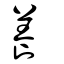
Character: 飬